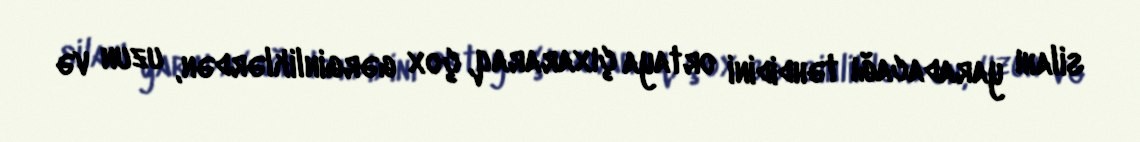
silahı yaradacağı təhdidini ortaya çıxararaq, çox gərginliklərdən, uzun və